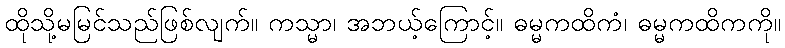
ထိုသို့မမြင်သည်ဖြစ်လျက်။ ကသ္မာ၊ အဘယ့်ကြောင့်။ ဓမ္မကထိကံ၊ ဓမ္မကထိကကို။